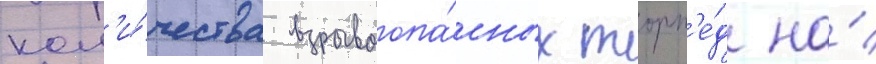
кол'и́чества взрывоопа́сных торп'е́д на́